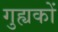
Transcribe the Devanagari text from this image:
गुह्यकों